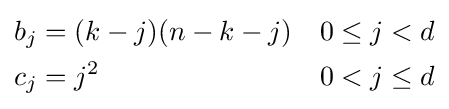
{\begin{aligned}b_{j}&=(k-j)(n-k-j)&&0\leq j<d\\c_{j}&=j^{2}&&0<j\leq d\end{aligned}}